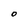
Character: O